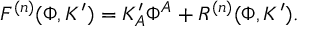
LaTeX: F ^ { ( n ) } ( \Phi , K ^ { \prime } ) = K _ { A } ^ { \prime } \Phi ^ { A } + R ^ { ( n ) } ( \Phi , K ^ { \prime } ) .